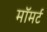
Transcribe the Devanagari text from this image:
मॉमर्ट